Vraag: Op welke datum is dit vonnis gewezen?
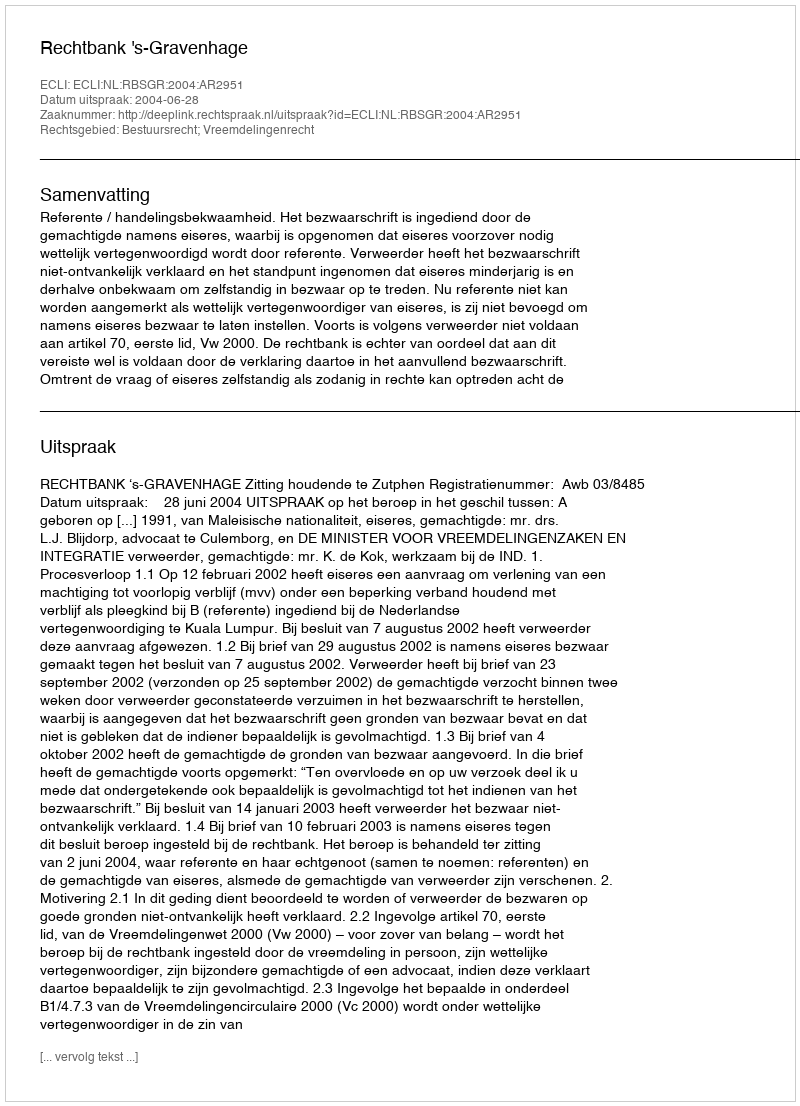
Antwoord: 2004-06-28